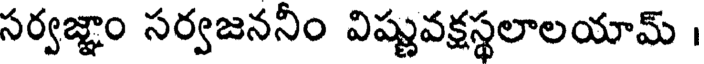
సర్వజ్ఞాం సర్వజననీం విష్ణువక్షస్థలాలయామ్ ।